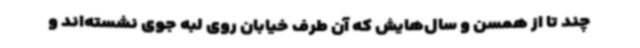
چند تا از همسن و سال‌هایش که آن طرف خیابان روی لبه جوی نشسته‌اند و